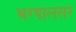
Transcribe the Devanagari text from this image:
भरपालसर